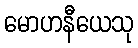
မောဟနီယေသု